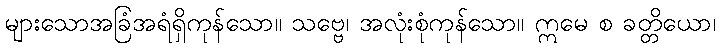
များသောအခြံအရံရှိကုန်သော။ သဗ္ဗေ၊ အလုံးစုံကုန်သော။ ဣမေ စ ခတ္တိယော၊